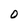
Character: 0